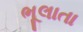
ભૂલાતા